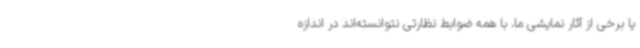
یا برخی از آثار نمایشی ما، با همه ضوابط نظارتی نتوانسته‌اند در اندازه